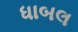
ધાબલ